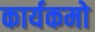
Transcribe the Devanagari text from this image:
कार्यकमो